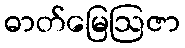
ဓာတ်မြေဩဇာ